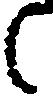
候